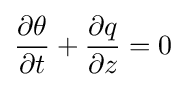
{\frac {\partial \theta }{\partial t}}+{\frac {\partial q}{\partial z}}=0